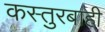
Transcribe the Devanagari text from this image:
कस्तुरबाही